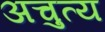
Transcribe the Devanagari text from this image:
अचुत्य